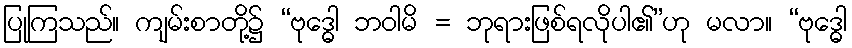
ပြုကြသည်။ ကျမ်းစာတို့၌ “ဗုဒ္ဓေါ ဘဝါမိ = ဘုရားဖြစ်ရလိုပါ၏”ဟု မလာ။ “ဗုဒ္ဓေါ